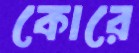
কোরে